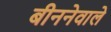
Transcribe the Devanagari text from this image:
बीननेवाले